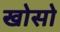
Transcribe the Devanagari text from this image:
खोसो